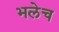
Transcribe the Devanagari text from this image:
भलेच